Annual report on the lock hospitals of the Madras Presidency
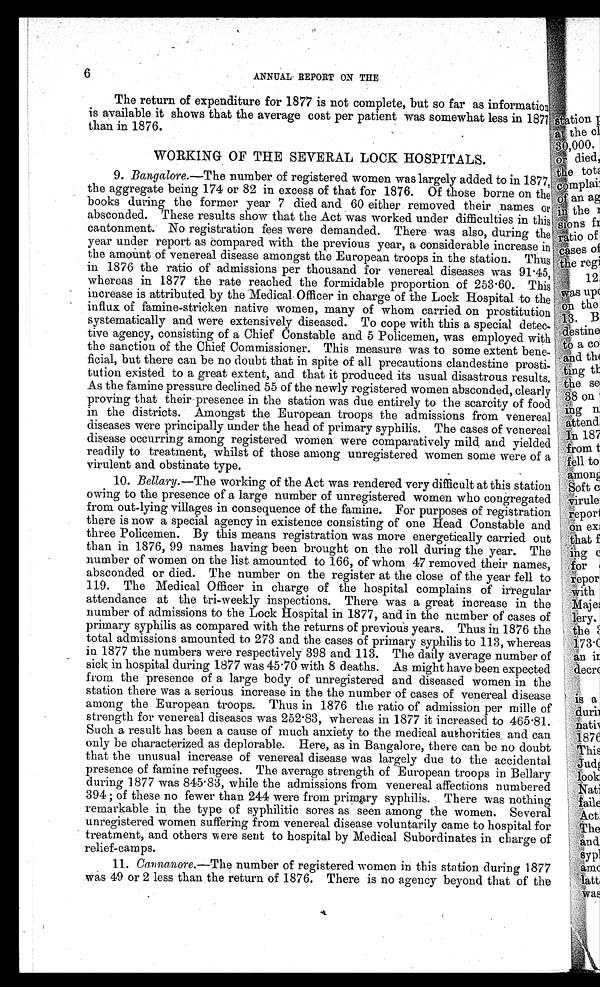
6
ANNUAL. REPORT ON THE
The return of expenditure for 1877 is not complete, but so far as information
is available it shows that the average cost per patient was somewhat less in 1877
than in 1876.
WORKING OF THE SEVERAL LOCK HOSPITALS.
9. Bangalore.—The number of registered women was largely added to in 1877
the aggregate being 174 or 82 in excess of that for 1876. Of those borne on the
books during the former year 7 died and 60 either removed their names or
absconded. These results show that the Act was worked under difficulties in this
cantonment. No registration fees were demanded. There was also, during the
year under report as compared with the previous year, a considerable increase in
the amount of venereal disease amongst the European troops in the station. Thus
in 1876 the ratio of admissions per thousand for venereal diseases was 91.45,
whereas in 1877 the rate reached the formidable proportion of 253.60. This
increase is attributed by the Medical Officer in charge of the Lock Hospital to the
influx of famine-stricken native women, many of whom carried on prostitution
systematically and were extensively diseased. To cope with this a special detec-
tive agency, consisting of a Chief Constable and 5 Policemen, was employed with
the sanction of the Chief Commissioner. This measure was to some extent bene-
ficial, but there can be no doubt that in spite of all precautions clandestine prosti
tution existed to a great extent, and that it produced its usual disastrous results.
As the famine pressure declined 55 of the newly registered women absconded, clearly
proving that their presence in the station was due entirely to the scarcity of food
in the districts. Amongst the European troops the admissions from venereal
diseases were principally under the head of primary syphilis. The cases of venereal
disease occurring among registered women were comparatively mild and yielded
readily to treatment, whilst of those among unregistered women some were of a
virulent and obstinate type.
10.Bellary. —The working of the Act was rendered very difficult at this station
owing to the presence of a large number of unregistered women who congregated
from out-lying villages in consequence of the famine. For purposes of registration
there is now a special agency in existence consisting of one Head Constable and
three Policemen. By this means registration was more energetically carried out
than in 1876, 99 names having been brought on the roll during the year. The
number of women on the list amounted to 166, of whom 47 removed their names,
absconded or died. The number on the register at the close of the year fell to
119. The Medical Officer in charge of the hospital complains of irregular
attendance at the tri-weekly inspections. There was a great increase in the
number of admissions to the Lock Hospital in 1877, and in the number of cases of
primary syphilis as compared with the returns of previous years. Thus in 1876 the
total admissions amounted to 273 and the cases of primary syphilis to 113, whereas
in 1877 the numbers were respectively 398 and 113. The daily average number of
sick in hospital during 1877 was 45.70 with 8 deaths. As might have been expected
from the presence of a large body of unregistered and diseased women in the
station there was a serious increase in the the number of cases of venereal disease
among the European troops. Thus in 1876 the ratio of admission per mille of
strength for venereal diseases was 252.83, whereas in 1877 it increased to 465.81.
Such a result has been a cause of much anxiety to the medical authorities_ and can
only be characterized as deplorable. Here, as in Bangalore, there can be no doubt
that the unusual increase of venereal disease was largely due to the accidental
presence of famine refugees. The average strength of European troops in Bellary
during 1877 was 845.83, while the admissions from venereal affections numbered
394 ; of these no fewer than 244 were from primary syphilis. There was nothing
remarkable in the type of syphilitic sores as seen among the women. Several
unregistered women suffering from venereal disease voluntarily came to hospital for
treatment, and others w ere sent to hospital by Medical Subordinates in charge of
relief-camps.
11. Cavna,nore.—The number of registered women in this station during 1877
was 49 or 2 less than the return of 1876. There is no agency beyond that of the